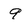
Character: 9